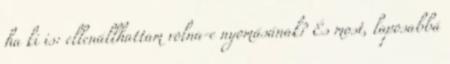
ha ki is: ellenállhattam volna-e nyomásának? És most, laposabbá